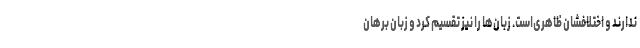
ندارند و اختلافشان ظاهری‌است. زبان‌ها را نیز تقسیم کرد و زبان برهان